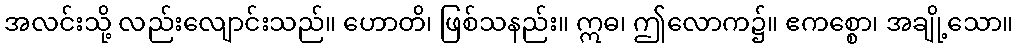
အလင်းသို့ လည်းလျောင်းသည်။ ဟောတိ၊ ဖြစ်သနည်း။ ဣဓ၊ ဤလောက၌။ ဧကစ္စော၊ အချို့သော။